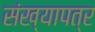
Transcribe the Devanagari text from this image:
संख्यापत्र